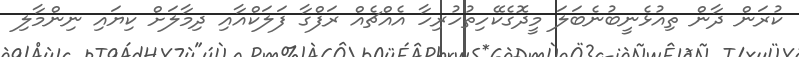
ކުރަން ދާން ތިއުޅެނީބުނެބަލަ މީދޮގެކޭހިތުހުރިހާ އެއްޗެއް ރަފްގާ ފަލަކްއާއި ދިމާލަށް ކިޔައި ނިންމާލި